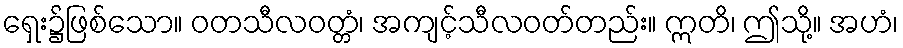
ရှေး၌ဖြစ်သော။ ဝတသီလဝတ္တံ၊ အကျင့်သီလဝတ်တည်း။ ဣတိ၊ ဤသို့။ အဟံ၊